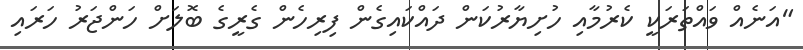
"އަނެއް ވައްތަރަކީ ކެރުމާއި ހުށިޔާރުކަން ދައްކައިގެން ފިރިހެން ގެރީގެ ބޮލަށް ހަންޖަރު ހަރައި